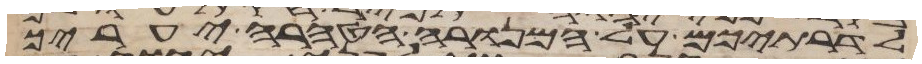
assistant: לדרתיכם על המנורה הטהרה יעריך